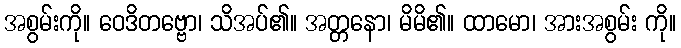
အစွမ်းကို။ ဝေဒိတဗ္ဗော၊ သိအပ်၏။ အတ္တနော၊ မိမိ၏။ ထာမော၊ အားအစွမ်း ကို။